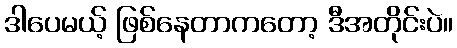
ဒါပေမယ့် ဖြစ်နေတာကတော့ ဒီအတိုင်းပဲ။